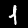
Digit: 1